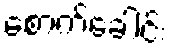
စောက်ခေါင်း